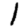
Digit: 1